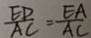
\frac { E D } { A C } = \frac { E A } { A C }